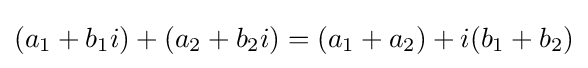
(a_{1}+b_{1}i)+(a_{2}+b_{2}i)=(a_{1}+a_{2})+i(b_{1}+b_{2})